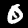
Digit: 0